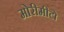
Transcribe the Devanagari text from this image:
मोरीमीटो